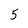
Character: 5